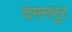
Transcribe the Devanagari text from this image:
दमनपुर